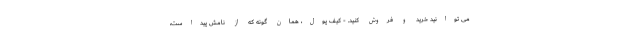
می توانید خرید و فروش کنید. - کیف پول، همان گونه که از نامش پیداست،